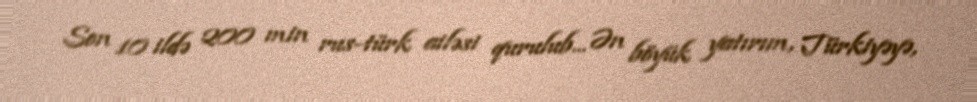
Son 10 ildə 200 min rus-türk ailəsi qurulub... Ən böyük yatırım, Türkiyəyə,